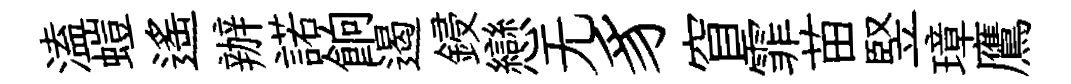
溘螘遥辦諾餉遏鋟戀无豸窅霏苗竪璋鷹